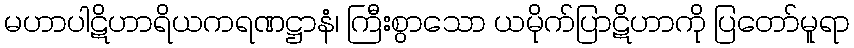
မဟာပါဋိဟာရိယကရဏဋ္ဌာနံ၊ ကြီးစွာသော ယမိုက်ပြာဋိဟာကို ပြတော်မူရာ